Newspaper: Daily Kennebec journal. [microfilm reel]
Place of publication: Augusta, Me.
Publisher: Sprague, Owen & Nash
Date: 1870-07-11 00:00:00
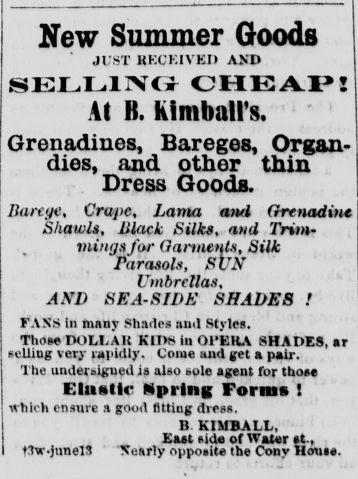
Advertisement text (OCR):
New Summer Goods JUST KKCKIVKI) AND SELLINtf CHEAP! At B. Kimball's. Grenadines, Bareges, Organ dies, and other thin Dress Goods. Barege, Crape, Lama ami Grenadine Shawls, Black Silks, anti Trim mings far Garments, Silk Parasols, SUN Umbrellas, AND SEA-SIDK SHADES ! FANS In many Shades and Styles. Those DOLLAR KIDS in OPERA SHADES, ar nulling very rapidly. C'oiue and get a pair. The underaigued is also bole agent for those Elattlir Npring Form* ! which ensure a good fitting dress. B KIMBALL. Ea»t Mde of Water »t, I tTw-JunelS Xttttrly opposite the Cony Home.
Label: text-only